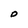
Character: O